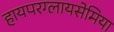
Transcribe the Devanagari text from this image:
हायपरग्लायसेमिया